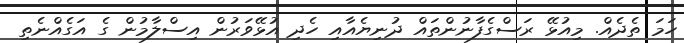
ހަމަ ތެދެއް. މިއުޅޭ ރަސްގެފާނުންތައް ދުނިޔެއާއި ހެދި އުޅޭވަރުން އިސްލާމުން ގެ އަގެއްނެތި